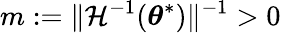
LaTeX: m:=\lVert\mathcal{H}^{-1}({\boldsymbol{\theta}}^{*})\rVert^{-1}>0